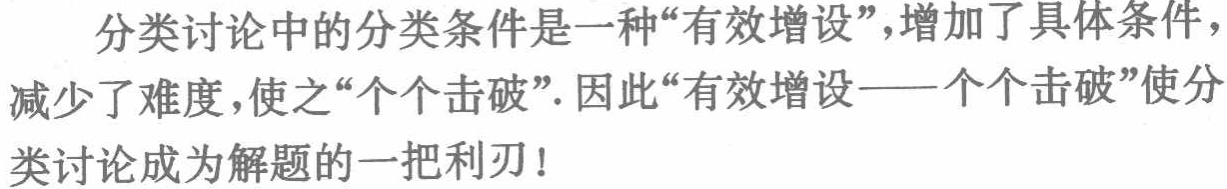
分类讨论中的分类条件是一种“有效增设”，增加了具体条件，减少了难度，使之“个个击破”. 因此“有效增设——个个击破”使分类讨论成为解题的一把利刃！